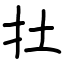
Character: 扗